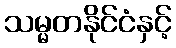
သမ္မတနိုင်ငံနှင့်